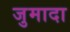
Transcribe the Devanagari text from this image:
जुमादा